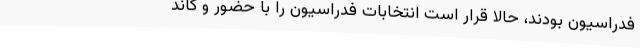
فدراسیون بودند، حالا قرار است انتخابات فدراسیون را با حضور و کاند